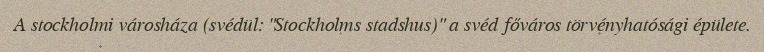
A stockholmi városháza (svédül: "Stockholms stadshus)" a svéd főváros törvényhatósági épülete.